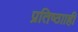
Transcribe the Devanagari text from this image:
प्रतिष्ठााही